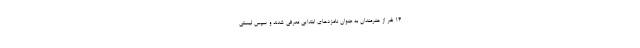
14 نفر از هنرمندان به عنوان نامزدهای ابتدایی معرفی شدند و سپس لیستی